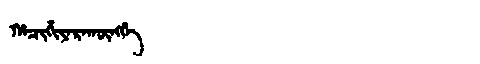
Manchu: ᡥᠠᠴᡳᡥᡳᠶᠠᡵᠠᡴᡡᠩᡤᡝ
Romanization: HACIHIYARAKŪNGGE